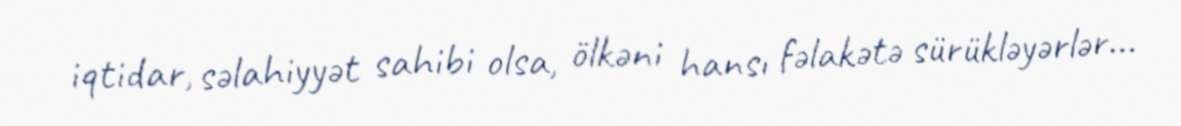
iqtidar, səlahiyyət sahibi olsa, ölkəni hansı fəlakətə sürükləyərlər...